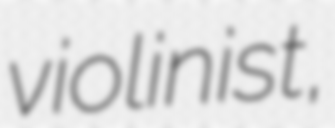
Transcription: violinist,